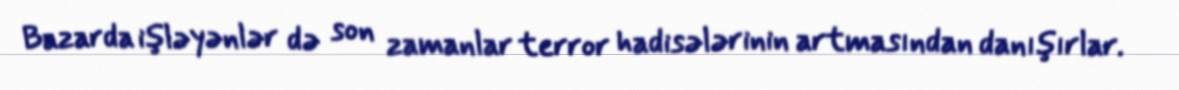
Bazarda işləyənlər də son zamanlar terror hadisələrinin artmasından danışırlar.